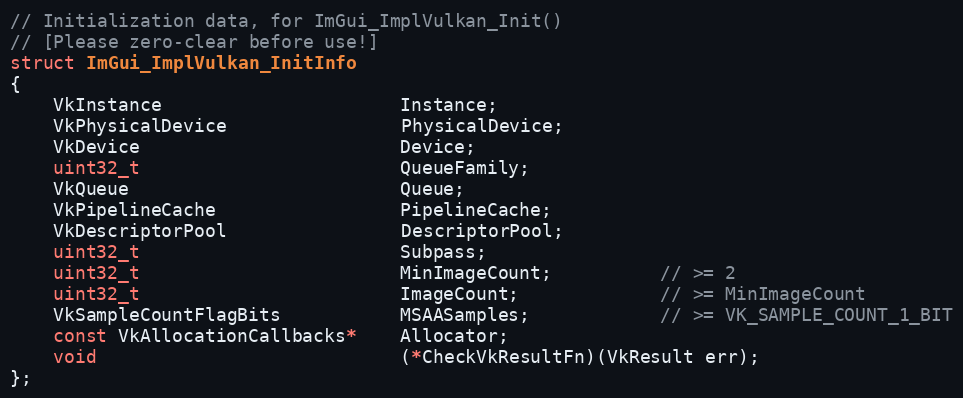
Language: C
// Initialization data, for ImGui_ImplVulkan_Init()
// [Please zero-clear before use!]
struct ImGui_ImplVulkan_InitInfo
{
    VkInstance                      Instance;
    VkPhysicalDevice                PhysicalDevice;
    VkDevice                        Device;
    uint32_t                        QueueFamily;
    VkQueue                         Queue;
    VkPipelineCache                 PipelineCache;
    VkDescriptorPool                DescriptorPool;
    uint32_t                        Subpass;
    uint32_t                        MinImageCount;          // >= 2
    uint32_t                        ImageCount;             // >= MinImageCount
    VkSampleCountFlagBits           MSAASamples;            // >= VK_SAMPLE_COUNT_1_BIT
    const VkAllocationCallbacks*    Allocator;
    void                            (*CheckVkResultFn)(VkResult err);
};